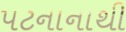
પટનાનાથી